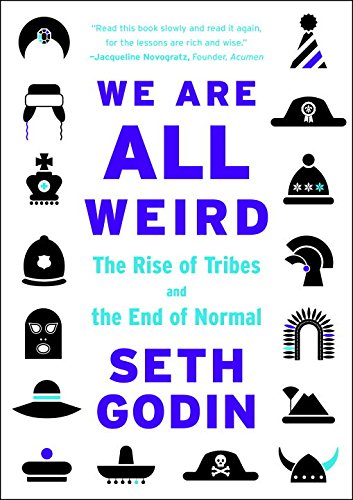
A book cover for We Are All Weird: The Rise of Tribes and the End of Normal; Seth Godin; Business & Money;